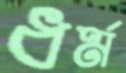
ধর্ম